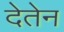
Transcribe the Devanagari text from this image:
देतेन